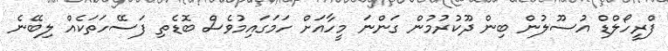
ފްރީހޯލްޑް އުސޫލުން ބިން ދޫކުރުމުން ގަންނަ މީހާއަށް ހަމަގައިމުވެސް ބޮޑެތި ފަސޭހަތަކެއް ލިބޭނެ